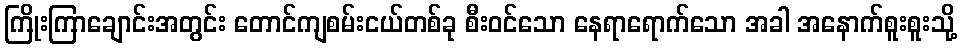
ကြိုးကြာချောင်းအတွင်း တောင်ကျစမ်းငယ်တစ်ခု စီးဝင်သော နေရာရောက်သော အခါ အနောက်စူးစူးသို့